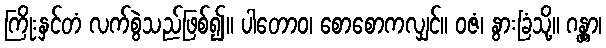
ကြိုးနှင်တံ လက်စွဲသည်ဖြစ်၍။ ပါတောဝ၊ စောစောကလျှင်။ ဝဇံ၊ နွားခြံသို့။ ဂန္တွာ၊